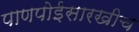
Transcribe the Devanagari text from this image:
पाणपोईसारखीच